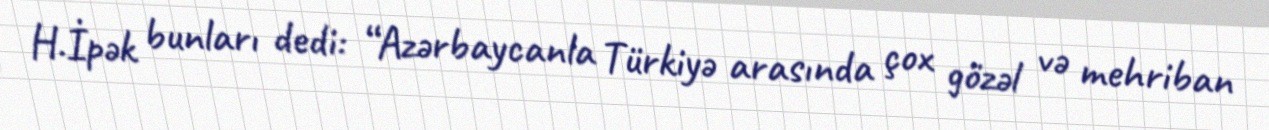
H.İpək bunları dedi: “Azərbaycanla Türkiyə arasında çox gözəl və mehriban